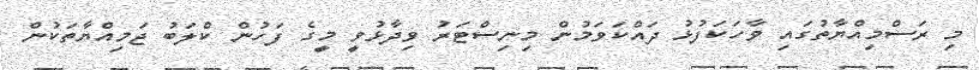
މި ރަސްމިއްޔާތުގައި ވާހަކަފުޅު ދައްކަވަމުން މިނިސްޓަރު ވިދާޅުވީ މީގެ ފަހުން ކްލަބު ޖަމިއްޔާތަކުން